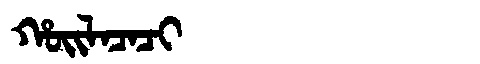
Manchu: ᡥᠣᡳᠯᠠᠴᠠᠴᡳ
Romanization: HOILACACI